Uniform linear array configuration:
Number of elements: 8
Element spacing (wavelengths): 1
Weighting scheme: blackman
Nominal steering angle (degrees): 0
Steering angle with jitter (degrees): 0.7209
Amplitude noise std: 0.05
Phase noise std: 0.05

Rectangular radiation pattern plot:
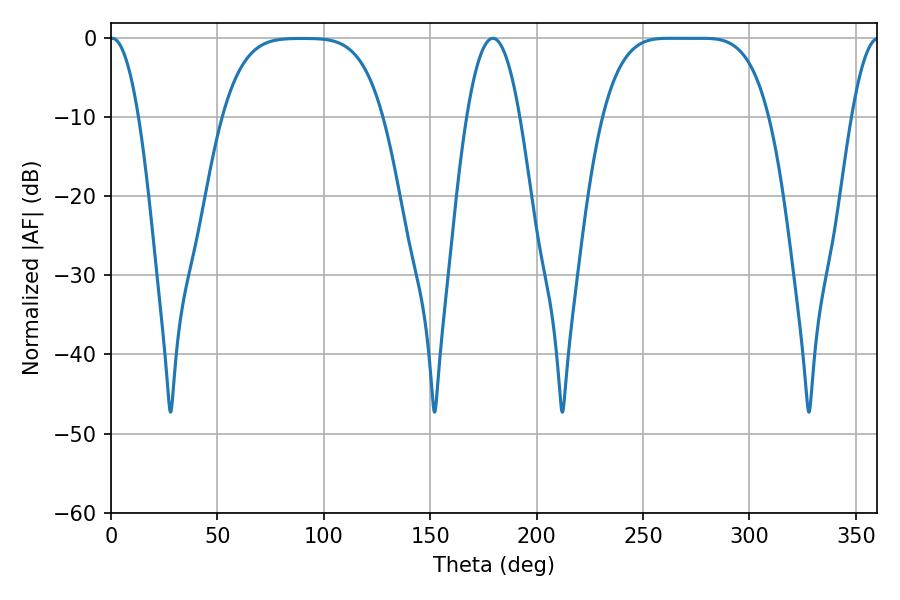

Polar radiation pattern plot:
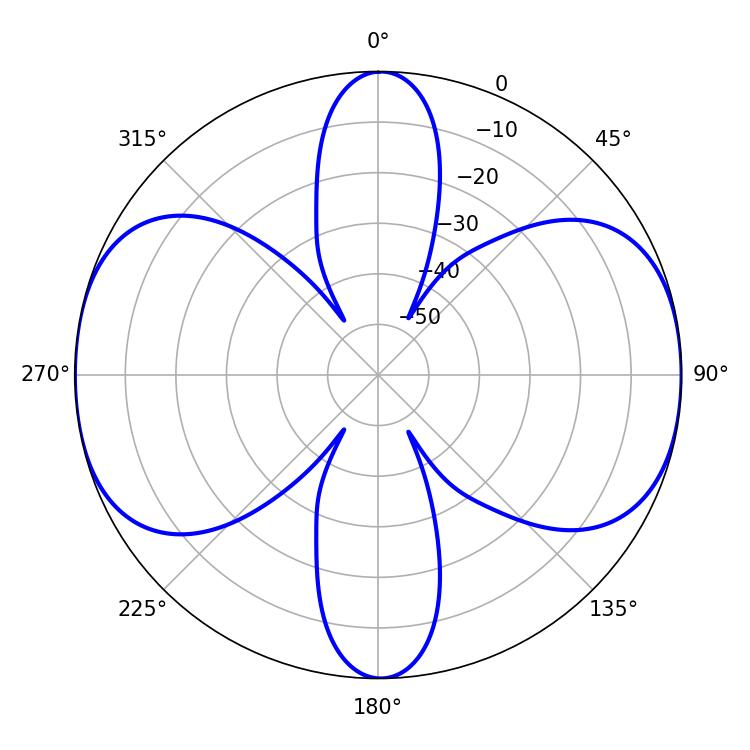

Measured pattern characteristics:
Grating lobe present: TRUE
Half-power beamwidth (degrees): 58.68
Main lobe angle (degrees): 262.08